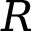
R